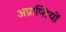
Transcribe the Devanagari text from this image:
अप्राप्तियों